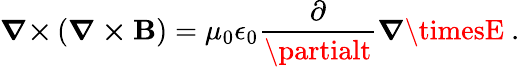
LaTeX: {\boldsymbol{\nabla\times}}\left({\boldsymbol{\nabla\times\mathbf{B}}}\right)=\mu_{0}\epsilon_{0}{\frac{{\partial}}{{\partialt}}}{\boldsymbol{\nabla\timesE}}\ .